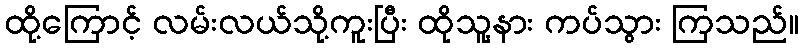
ထို့ကြောင့် လမ်းလယ်သို့ကူးပြီး ထိုသူ့နား ကပ်သွား ကြသည်။